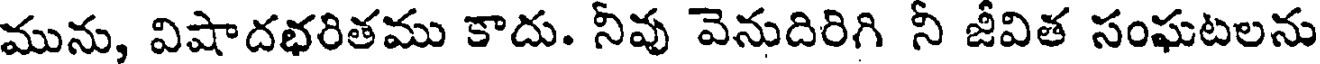
మును, విషాదభరితము కాదు. నీవు వెనుదిరిగి నీ జీవిత సంఘటలను